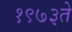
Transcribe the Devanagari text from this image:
१९७३ते